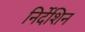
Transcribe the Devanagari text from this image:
निर्देशिन